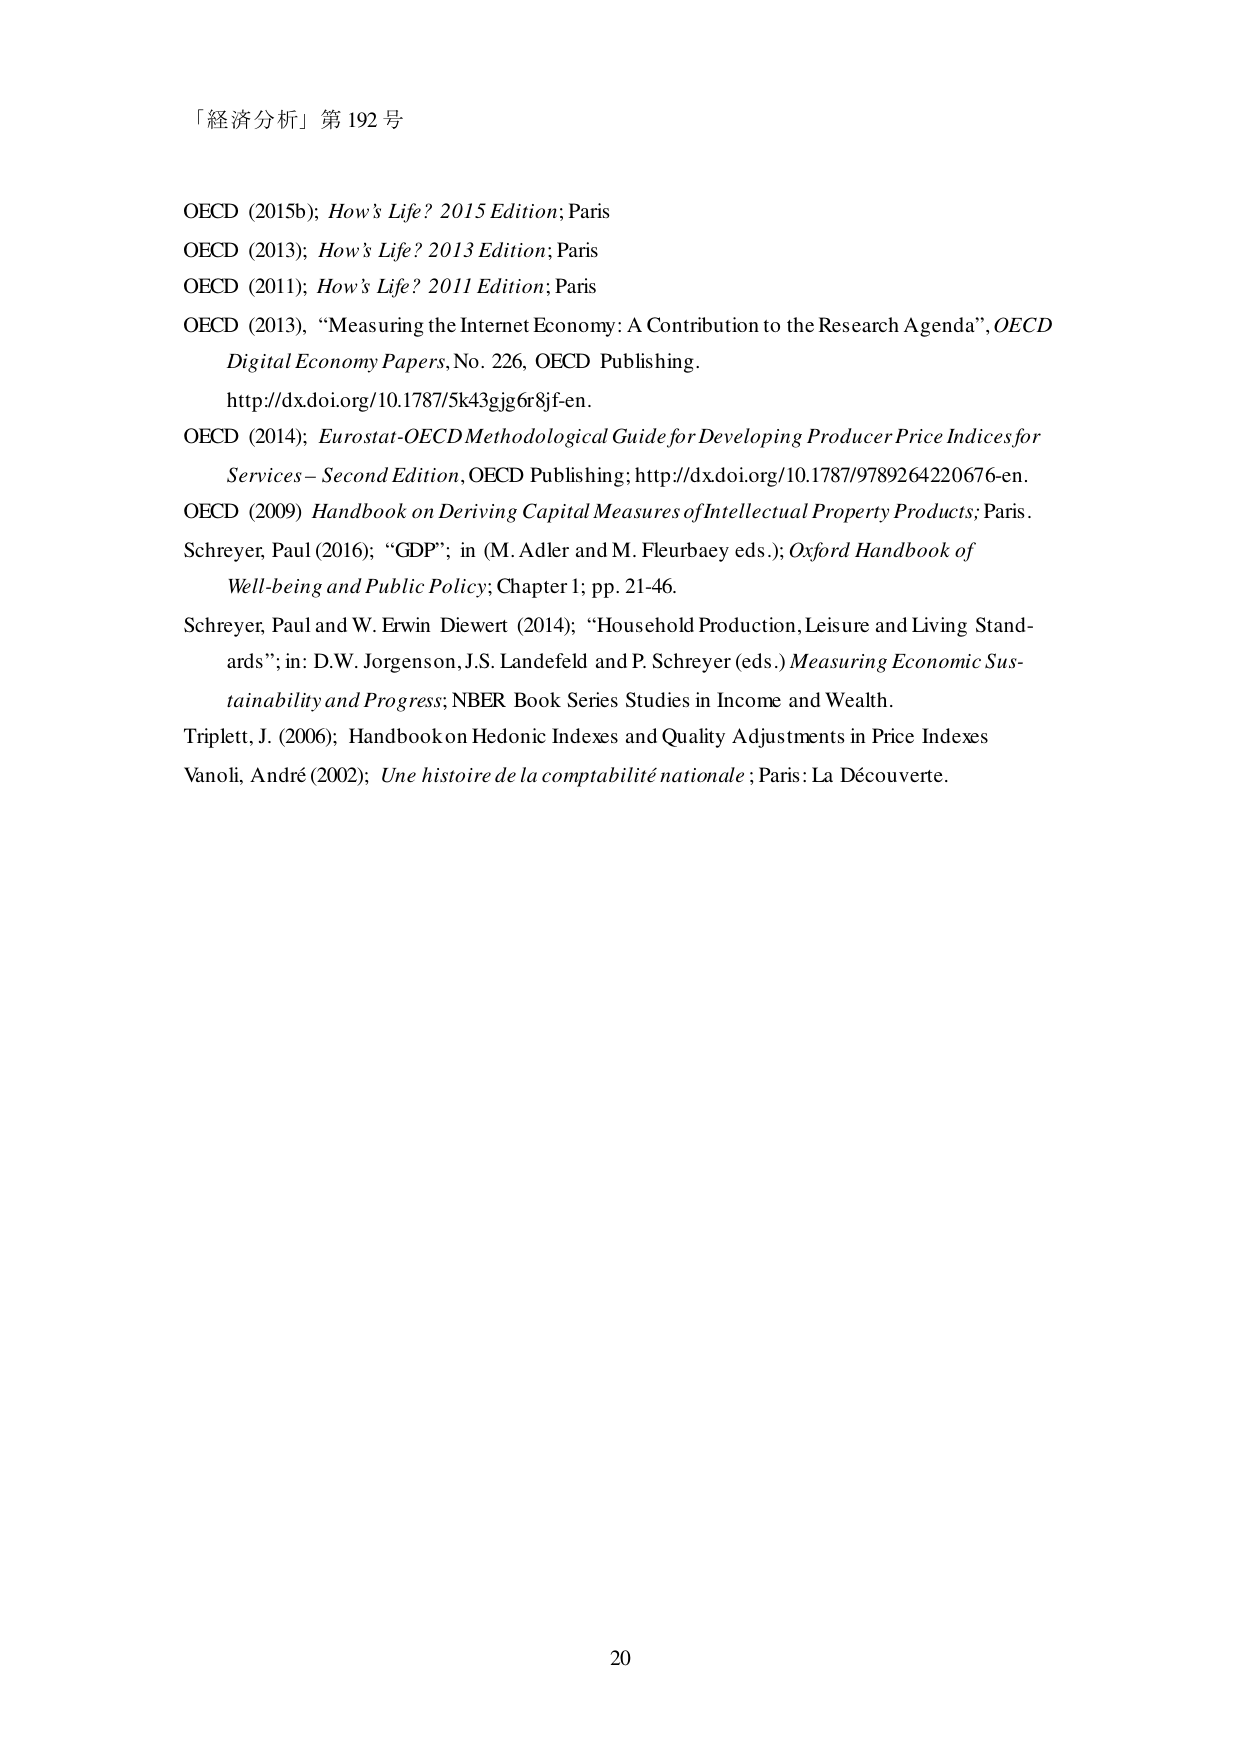
「経済分析」第 192 号

OECD (2015b); How’s Life? 2015 Edition; Paris
OECD (2013); How’s Life? 2013 Edition; Paris
OECD (2011); How’s Life? 2011 Edition; Paris
OECD (2013), “Measuring the Internet Economy: A Contribution to the Research Agenda”, OECD Digital Economy Papers, No. 226, OECD Publishing.
http://dx.doi.org/10.1787/5k43gjg6r8jf-en.
OECD (2014); Eurostat-OECD Methodological Guide for Developing Producer Price Indices for Services – Second Edition, OECD Publishing; http://dx.doi.org/10.1787/9789264220676-en.
OECD (2009) Handbook on Deriving Capital Measures of Intellectual Property Products; Paris.
Schreyer, Paul (2016); “GDP”; in (M. Adler and M. Fleurbaey eds.); Oxford Handbook of Well-being and Public Policy; Chapter 1; pp. 21-46.
Schreyer, Paul and W. Erwin Diewert (2014); “Household Production, Leisure and Living Standards”; in: D.W. Jorgenson, J.S. Landefeld and P. Schreyer (eds.) Measuring Economic Sustainability and Progress; NBER Book Series Studies in Income and Wealth.
Triplett, J. (2006); Handbook on Hedonic Indexes and Quality Adjustments in Price Indexes
Vanoli, André (2002); Une histoire de la comptabilité nationale ; Paris: La Découverte.

20